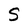
Character: S